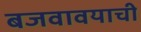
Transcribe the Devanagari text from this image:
बजवावयाची